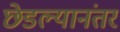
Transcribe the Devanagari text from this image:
छेडल्यानंतर